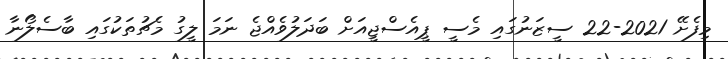
މިފެށޭ 2021-22 ސީޒަނުގައި މެސީ ޕީއެސްޖީއަށް ބަދަލުވެއްޖެ ނަމަ ލީގު މެޗުތަކުގައި ބާސެލޯނާ